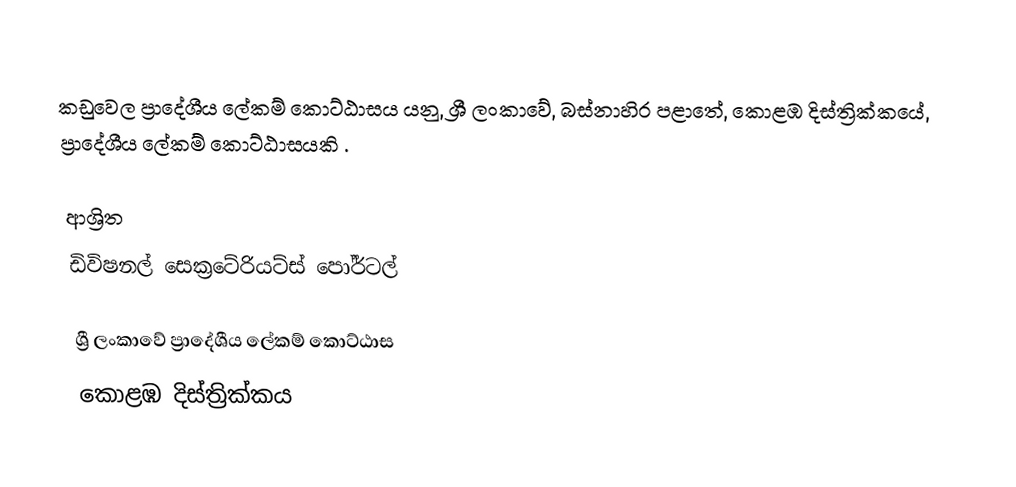
කඩුවෙල ප්‍රාදේශීය ලේකම් කොට්ඨාසය යනු,  ශ්‍රී ලංකාවේ, බස්නාහිර පළාතේ,   කොළඹ දිස්ත්‍රික්කයේ, ප්‍රාදේශීය ලේකම් කොට්ඨාසයකි .

ආශ්‍රිත
 ඩිවිෂනල් සෙක්‍රටේරියට්ස් පෝර්ටල්

ශ්‍රී ලංකාවේ ප්‍රාදේශීය ලේකම් කොට්ඨාස
කොළඹ දිස්ත්‍රික්කය